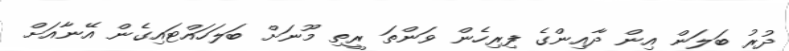
ދުރު ބަލަން އިން ދާއިންގެ ފިރިހެން ވަންތަ ރީތި މޫނަށް ބަލަހައްޓައިގެން އޭނާއަށް